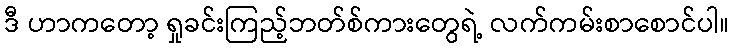
ဒီ ဟာကတော့ ရှုခင်းကြည့်ဘတ်စ်ကားတွေရဲ့ လက်ကမ်းစာစောင်ပါ။